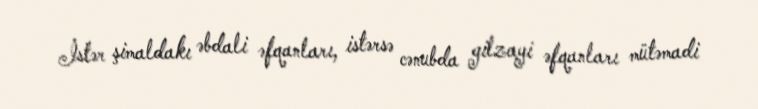
İstər şimaldakı əbdali əfqanları, istərsə cənubda gilzayi əfqanları mütəmadi